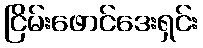
ငြိမ်းဖောင်ဒေးရှင်း